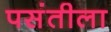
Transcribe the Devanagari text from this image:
पसंतीला